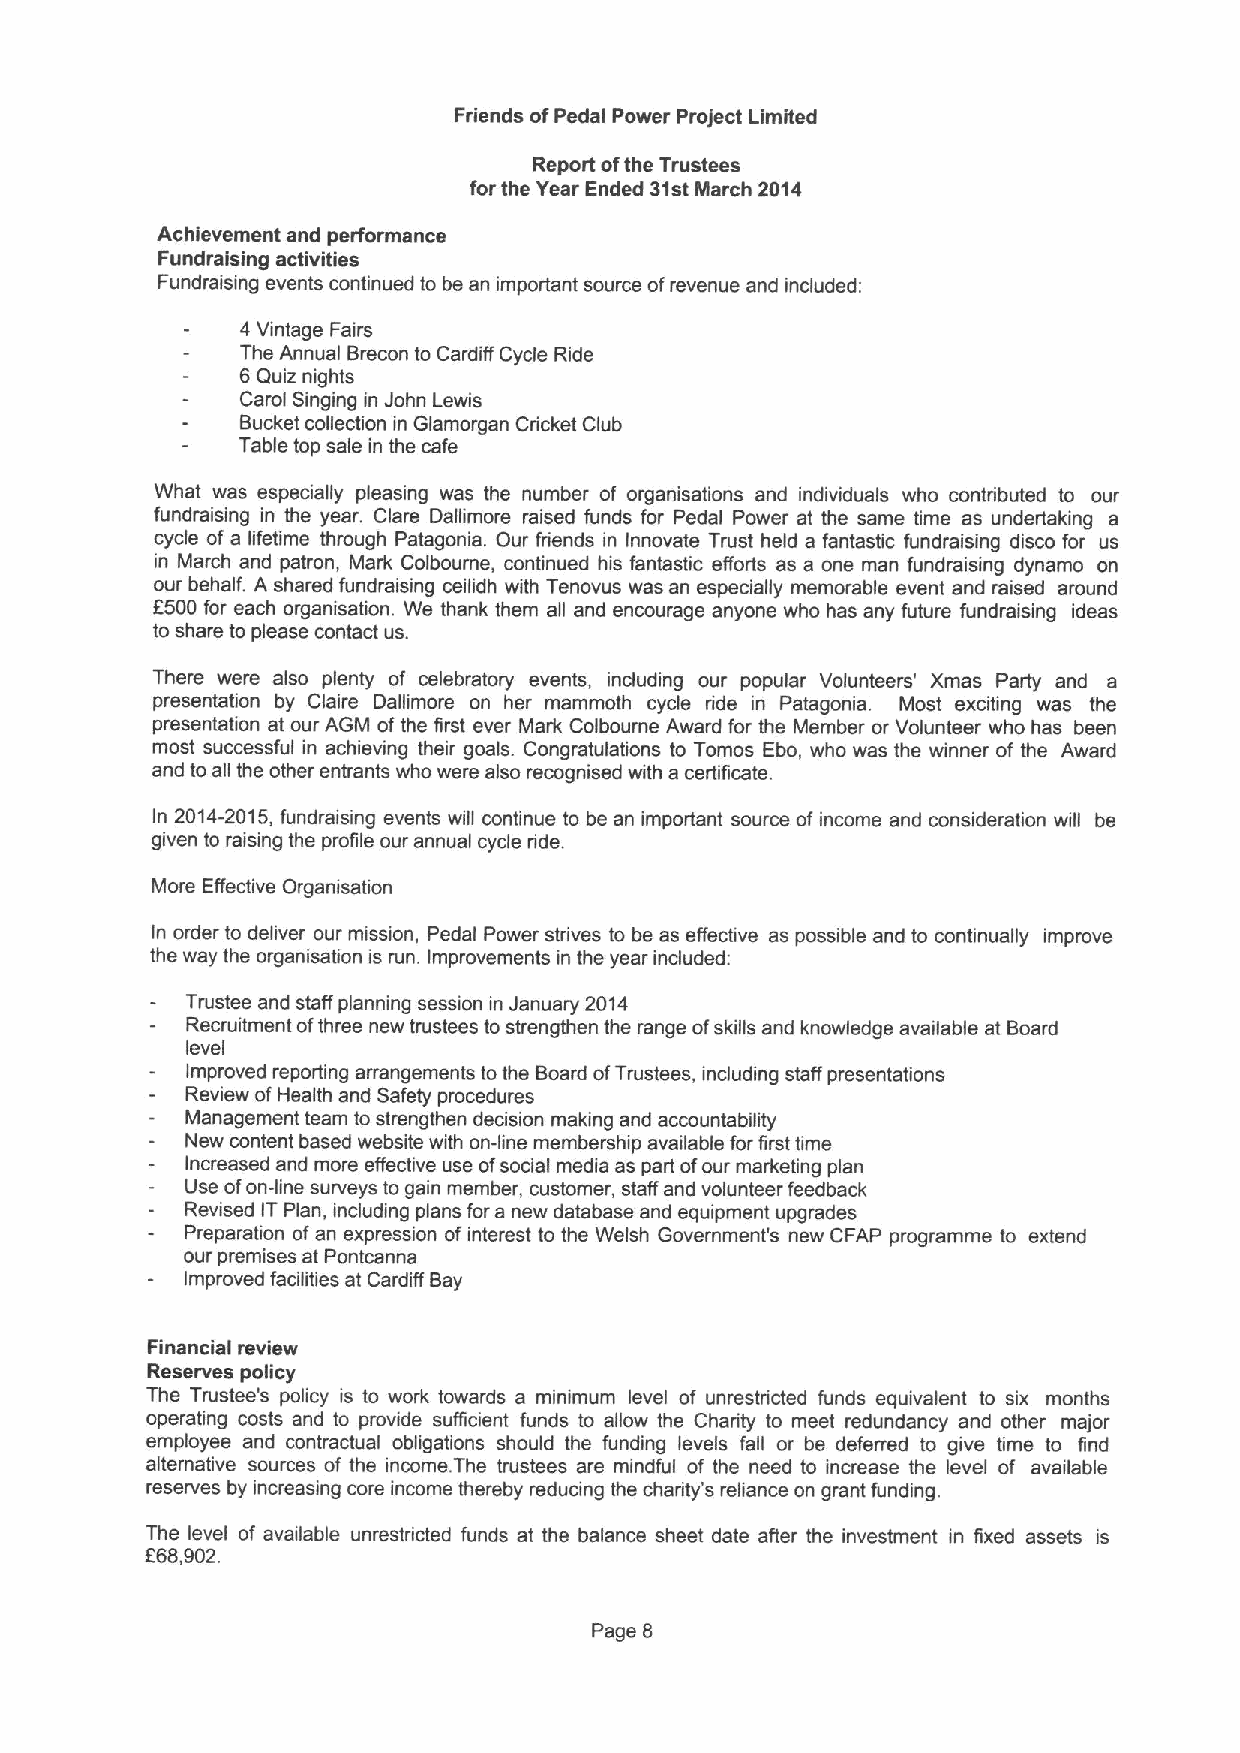
Friends ofPedal Power Project Limited
 Report ofthe Trustees
 for the Year Ended 31stMarch 2014
 Achievement and performance
 Fundraising activities
 Fundraising events continued to be an important source ofrevenue and included:
 4 Vintage Fairs
 The Annual Brecon to Cardiff Cycle Ride
 6Quiz nights
 Carol Singing in John Lewis
 Bucket collection in Glamorgan Cricket Club
 Table top sale in the cafe
 What was especially pleasing was the number of organisations and individuals who contributed to our
 fundraising in the year. Clare Dallimore raised funds for Pedal Power at the same time as undertaking a
 cycle of a lifetime through Patagonia. Our friends in Innovate Trust held a fantastic fundraising disco for us
 in March and patron, Mark Colboume, continued his fantastic efforts as a one man fundraising dynamo on
 our behalf. A shared fundraising ceilidh with Tenovus was an especially memorable event and raised around
 6500 for each organisation. We thank them all and encourage anyone who has any future fundraising ideas
 to share to please contact us.
 There were also plenty of celebratory events, including our popular Volunteers' Xmas Party and a
 presentation by Claire Dallimore on her mammoth cycle ride in Patagonia. Most exciting was the
 presentation at our AGM ofthe first ever Mark Colboume Award for the Member or Volunteer who has been
 most successful in achieving their goals. Congratulations to Tomos Ebo, who was the winner of the Award
 and toall the other entrants who were also recognised with a certificate.
 In 2014-2015,fundraising events will continue to be an important source of income and consideration will be
 given to raising the profile our annual cycle ride.
 More Effective Organisation
 In order to deliver our mission, Pedal Power strives to be as effective as possible and to continually improve
 the way the organisation is run. Improvements in the year included:
 Trustee and staff planning session in January 2014
 Recruitment ofthree new trustees to strengthen the range ofskills and knowledge available at Board
 level
 Improved reporting arrangements tothe Board ofTrustees, including staff presentations
 Review ofHealth and Safety procedures
 Management team to strengthen decision making and accountability
 New content based website with on-line membership available for first time
 Increased and more effective use ofsocial media as part ofour marketing plan
 Use ofon-line surveys to gain member, customer, staff and volunteer feedback
 Revised ITPlan, including plans for a new database and equipment upgrades
 Preparation ofan expression of interest to the Welsh Government's new CFAP programme to extend
 our premises at Pontcanna
 Improved facilities at Cardiff Bay
 Financial review
 Reserves policy
 The Trustee's policy is to work towards a minimum level of unrestricted funds equivalent to six months
 operating costs and to provide sufficient funds to allow the Charity to meet redundancy and other major
 employee and contractual obligations should the funding levels fall or be deferred to give time to find
 alternative sources of the income. The trustees are mindful of the need to increase the level of available
 reserves by increasing core income thereby reducing the charity's reliance on grant funding.
 The level of available unrestricted funds at the balance sheet date after the investment in fixed assets is
 K68,902.
 Page 8